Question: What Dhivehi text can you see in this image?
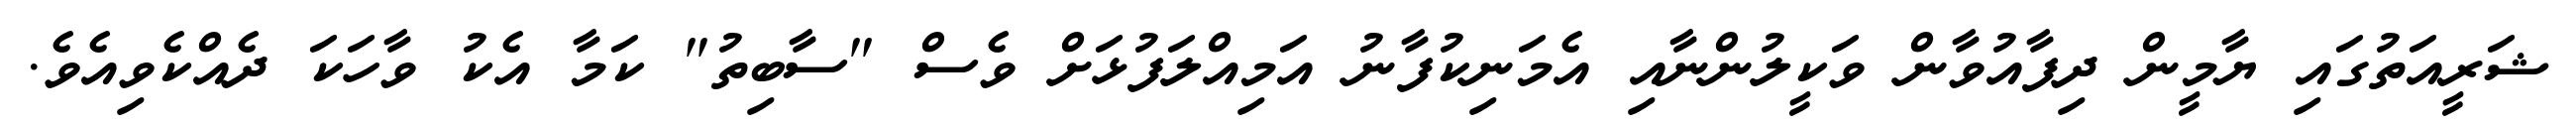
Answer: ޝަރީއަތުގައި ޔާމީން ދިފާއުވާން ވަކީލުންނާއި އެމަނިކުފާނު އަމިއްލަފުޅަށް ވެސް "ސާބިތު" ކަމާ އެކު ވާހަކަ ދެއްކެވިއެވެ.